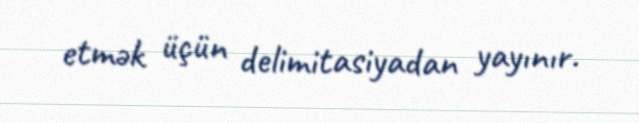
etmək üçün delimitasiyadan yayınır.